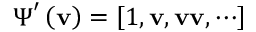
{ \boldsymbol { \Psi } } ^ { \prime } \left( { \bf { v } } \right) = \left[ { 1 , { \bf { v } } , { \bf { v v } } , \cdots } \right]